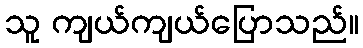
သူ ကျယ်ကျယ်ပြောသည်။